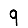
Digit: 9